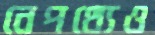
নেপথ্যেও